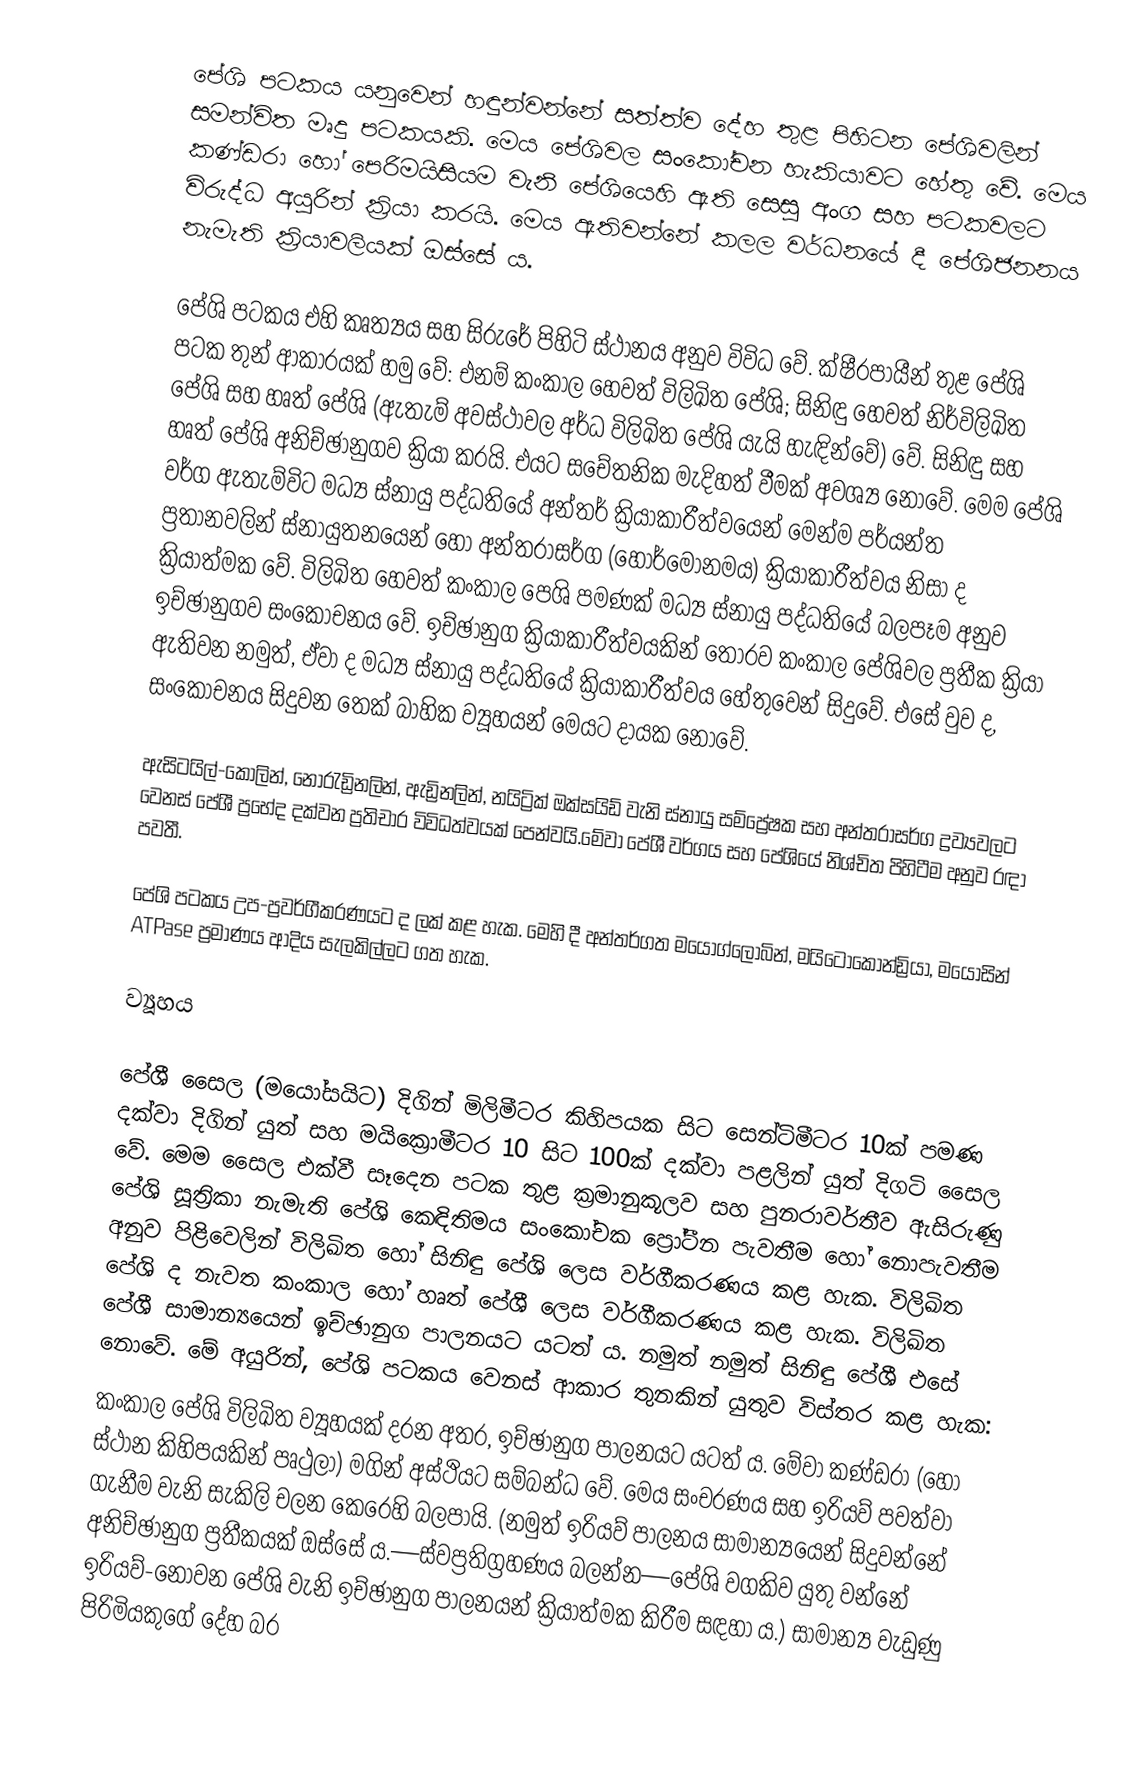
පේශි පටකය යනුවෙන් හඳුන්වන්නේ සත්ත්ව දේහ තුළ පිහිටන පේශිවලින් සමන්විත මෘදු පටකයකි. මෙය පේශිවල සංකෝචන හැකියාවට හේතු වේ. මෙය කණ්ඩරා හෝ පෙරිමයිසියම වැනි පේශියෙහි ඇති සෙසු අංග සහ පටකවලට විරුද්ධ අයුරින් ක්‍රියා කරයි. මෙය ඇතිවන්නේ කලල වර්ධනයේ දී පේශිජනනය නැමැති ක්‍රියාවලියක් ඔස්සේ ය.

පේශි පටකය එහි කෘත්‍යය සහ සිරුරේ පිහිටි ස්ථානය අනුව විවිධ වේ. ක්ෂීරපායීන් තුළ පේශි පටක තුන් ආකාරයක් හමු වේ: එනම් කංකාල හෙවත් විලිඛිත පේශි; සිනිඳු හෙවත් නිර්විලිඛිත පේශි සහ හෘත් පේශි (ඇතැම් අවස්ථාවල අර්ධ විලිඛිත පේශි යැයි හැඳින්වේ) වේ. සිනිඳු සහ හෘත් පේශි අනිච්ඡානුගව ක්‍රියා කරයි. එයට සචේතනික මැදිහත් වීමක් අවශ්‍ය නොවේ. මෙම පේශි වර්ග ඇතැම්විට මධ්‍ය ස්නායු පද්ධතියේ අන්තර් ක්‍රියාකාරීත්වයෙන් මෙන්ම පර්යන්ත ප්‍රතානවලින් ස්නායුතනයෙන් හෝ අන්තරාසර්ග (හෝර්මෝනමය) ක්‍රියාකාරීත්වය නිසා ද ක්‍රියාත්මක වේ. විලිඛිත හෙවත් කංකාල පෙශි පමණක් මධ්‍ය ස්නායු පද්ධතියේ බලපෑම අනුව ඉච්ඡානුගව සංකෝචනය වේ. ඉච්ඡානුග ක්‍රියාකාරීත්වයකින් තොරව කංකාල පේශිවල ප්‍රතීක ක්‍රියා ඇතිවන නමුත්, ඒවා ද මධ්‍ය ස්නායු පද්ධතියේ ක්‍රියාකාරීත්වය හේතුවෙන් සිදුවේ. එසේ වුව ද, සංකෝචනය සිදුවන තෙක් බාහික ව්‍යූහයන් මෙයට දායක නොවේ.

ඇසිටයිල්-කෝලින්, නොරැඩ්‍රිනලින්, ඇඩ්‍රිනලින්, නයිට්‍රික් ඔක්සයිඩ් වැනි ස්නායු සම්ප්‍රේෂක සහ අන්තරාසර්ග ද්‍රව්‍යවලට වෙනස් පේශී ප්‍රභේද දක්වන ප්‍රතිචාර විවිධත්වයක් පෙන්වයි.මේවා පේශී වර්ගය සහ පේශියේ නිශ්චිත පිහිටීම අනුව ‍රඳා පවතී.

පේශි පටකය උප-ප්‍රවර්ගීකරණයට ද ලක් කළ හැක. මෙහි දී අන්තර්ගත මයෝග්ලොබින්, මයිටොකොන්ඩ්‍රියා, මයොසින් ATPase ප්‍රමාණය ආදිය සැලකිල්ලට ගත හැක.

ව්‍යූහය

පේශී සෛල (මයෝසයිට) දිගින් මිලිමීටර කිහිපයක සිට සෙන්ටිමීටර 10ක් පමණ දක්වා දිගින් යුත් සහ මයික්‍රොමීටර 10 සිට 100ක් දක්වා පළලින් යුත් දිගටි සෛල වේ. මෙම සෛල එක්වී සෑදෙන පටක තුළ ක්‍රමානුකූලව සහ පුනරාවර්තීව ඇසිරුණු පේශි සූත්‍රිකා නැමැති පේශි කෙඳිතිමය සංකෝචක ප්‍රෝටීන පැවතීම හෝ නොපැවතීම අනුව පිළිවෙලින් විලිඛිත හෝ සිනිඳු පේශි ලෙස වර්ගීකරණය කළ හැක. විලිඛිත පේශි ද නැවත කංකාල හෝ හෘත් පේශී ලෙස වර්ගීකරණය කළ හැක. විලිඛිත පේශී සාමාන්‍යයෙන් ඉච්ඡානුග පාලනයට යටත් ය. නමුත් නමුත් සිනිඳු පේශී එසේ නොවේ. මේ අයුරින්, පේශි පටකය වෙනස් ආකාර තුනකින් යුතුව විස්තර කළ හැක:
 කංකාල පේශි විලිඛිත ව්‍යූහයක් දරන අතර, ඉච්ඡානුග පාලනයට යටත් ය. මේවා කණ්ඩරා (හෝ ස්ථාන කිහිපයකින් පෘථුලා) මගින් අස්ථියට සම්බන්ධ වේ. මෙය සංචරණය සහ ඉරියව් පවත්වා ගැනීම වැනි සැකිලි චලන කෙරෙහි බලපායි. (නමුත් ඉරියව් පාලනය සාමාන්‍යයෙන් සිදුවන්නේ අනිච්ඡානුග ප්‍රතීකයක් ඔස්සේ ය.—ස්වප්‍රතිග්‍රහණය බලන්න—පේශි වගකිව යුතු වන්නේ ඉරියව්-නොවන පේශි වැනි ඉච්ඡානුග පාලනයන් ක්‍රියාත්මක කිරීම සඳහා ය.) සාමාන්‍ය වැඩුණු පිරිමියකුගේ දේහ බර